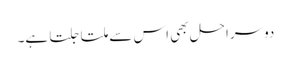
دوسراحل بھی اس سے ملتا جلتا ہے۔